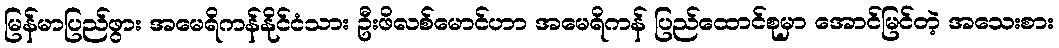
မြန်မာပြည်ဖွား အမေရိကန်နိုင်ငံသား ဦးဖိလစ်မောင်ဟာ အမေရိကန် ပြည်ထောင်စုမှာ အောင်မြင်တဲ့ အသေးစား